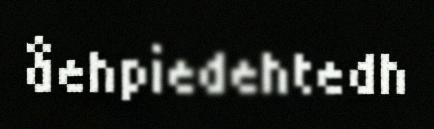
åehpiedehtedh